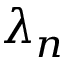
\lambda _ { n }